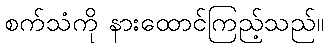
စက်သံကို နားထောင်ကြည့်သည်။